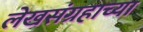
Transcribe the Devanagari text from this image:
लेखसंग्रहाच्या